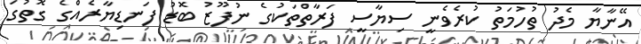
އޭނާޔާ މެދު ތުހުމަތު ކުރެވެނީ ސިޔާސީ ފަރާތްތަކުގެ ނުފޫޒު ބޮޑު ފަނޑިޔާރެއްގެ ގޮތުގަ